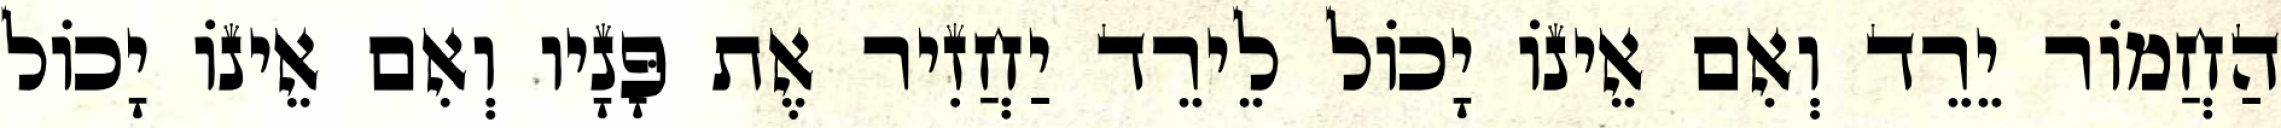
הַחֲמוֹר יֵרֵד וְאִם אֵינוֹ יָכוֹל לֵירֵד יַחֲזִיר אֶת פָּנָיו וְאִם אֵינוֹ יָכוֹל